system: You are a helpful assistant.
user:
Analyze the provided spectrum to determine if it is a **Carbon Star (C-type)**.

- **Key Visual Indicators of Carbon Star:**
    - **(Primary):** Strong molecular absorption from **C₂ (diatomic carbon) "Swan Bands."** This is the **defining feature** of a carbon star.
        - **(Key Bandheads):** Sharp absorption edges are visible at approximately $5635$ Å, $5165$ Å (the strongest band), and $4737$ Å.
        - **(Line Profile):** Creates a distinct **"saw-tooth"** pattern. The key morphology is a sharp, steep bandhead on the **red (long-wavelength) side**, which then gradually tapers off (i.e., flux recovers) towards the **blue (short-wavelength) side**. *(This is the direct opposite of the TiO bands seen in M-type stars)*.

    - **(Secondary):** Intense **CN (cyanogen)** molecular absorption bands.
        - **(Key Bandheads):** Located in the blue and violet regions of the spectrum (e.g., near $4215$ Å and $3883$ Å).
        - **(Morphology):** These bands are extremely broad and act as a "blanket," absorbing the vast majority of blue and violet light. This creates a characteristic **"cliff"** or **"steep drop-off"** in the spectrum's flux at short wavelengths.

    - **(Key Confirmation):** Strong **CH absorption band (G-band)**.
        - **(Key Bandhead):** Located around $4300$ Å. The contribution from CH molecules to this band is exceptionally strong.

    - **(Overall Spectrum):**
        - The continuum is severely "chopped up" by these deep molecular bands, especially C₂, rather than appearing as a smooth curve.
        - Due to the heavy CN and C₂ absorption in the blue-green, the vast majority of the star's flux is concentrated in the red part of the spectrum, giving the star its characteristic deep red color.

Think first, call **spectral_visualization_tool** if needed to examine features in detail, then provide your final answer. Your response must adhere to the following strict rules:
1.  **Overall Structure:** Your response must follow the format `<think>...</think> <tool_call>...</tool_call> (if a tool is used) <answer>...</answer>`.
2.  **Tool Usage Constraint:** You may only make **one** tool call per turn.
3.  **Final Answer Format:** In the `<answer>` tag, your conclusion must be inside a `\boxed{}` command (e.g., `\boxed{YES}`), followed by your justification.

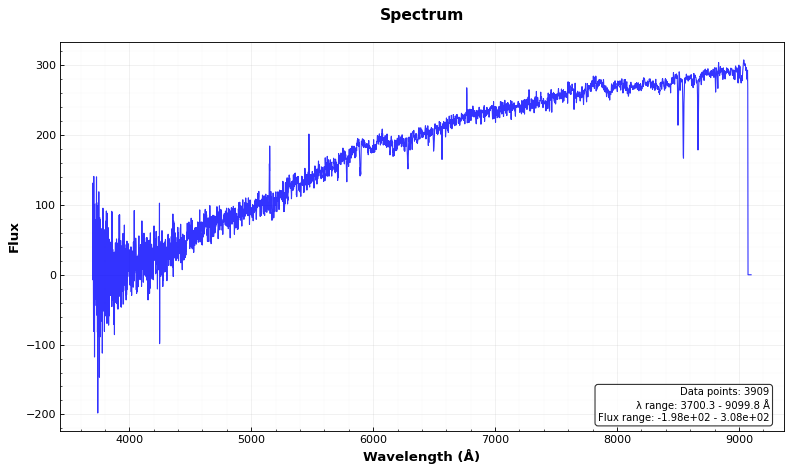
Answer: NO